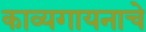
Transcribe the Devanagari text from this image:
काव्यगायनाचे